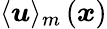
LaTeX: \langle\boldsymbol{u}\rangle_{m}\left(\boldsymbol{x}\right)